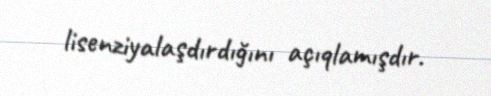
lisenziyalaşdırdığını açıqlamışdır.